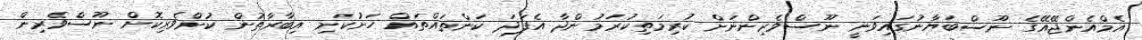
އެމްއެންޖޭއޭގެ ނޫސްބަޔާނުގައިވަނީ ނޫސްވެރިންނަށް ކުރިމަތިކުރަމުންދާ އެފަދަ ކަންތައްތައް ހަށުކަށި އިބާރާތުން ކުށްވެރިކޮށް ނޫސްވެރިން